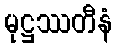
မုဋ္ဌဿတီနံ